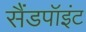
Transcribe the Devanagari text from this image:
सैंडपॉइंट